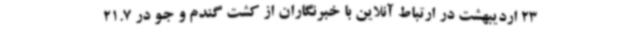
23 اردیبهشت در ارتباط آنلاین با خبرنگاران از کشت گندم و جو در 21.7